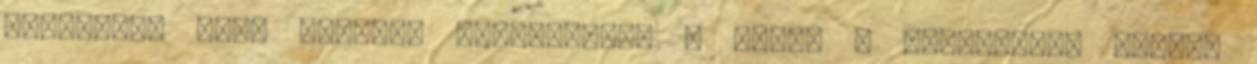
szemembe, hogy majdnem megvakulok. A kezét a homlokomra teszi,